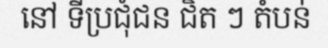
នៅ ទីប្រជុំជន ជិត ៗ តំបន់